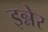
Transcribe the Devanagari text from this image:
इन्नेर